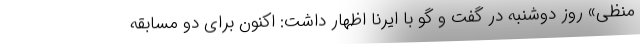
منظی» روز دوشنبه در گفت و گو با ایرنا اظهار داشت: اکنون برای دو مسابقه